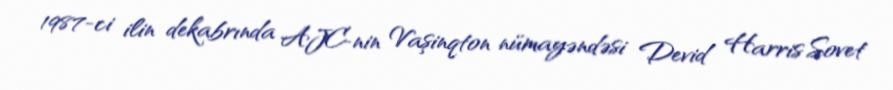
1987-ci ilin dekabrında AJC-nin Vaşinqton nümayəndəsi Devid Harris Sovet